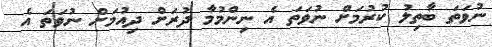
ނުވަތަ ބާތިލު ކުރުމަށް ނުވަތަ އެ ނިންމުމާ ދުރަށް ދިއުމަށް ނުވަތަ އެ